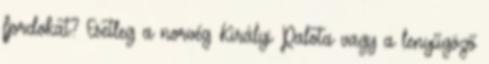
fjordokat? Esetleg a norvég Királyi Palota vagy a lenyűgöző